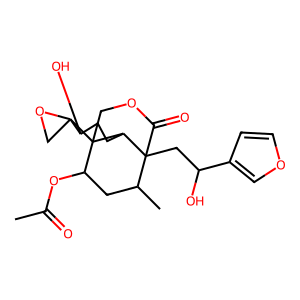
SMILES: CC(=O)OC1CC(C)C2(CC(O)c3ccoc3)C(=O)OCC13C2CCC(O)C31CO1
Inhibits HIV replication: No